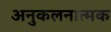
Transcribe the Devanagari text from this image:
अनुकलनात्मक